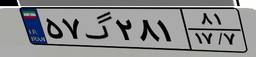
۸۰گ۴۳۹۸۰